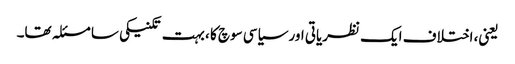
یعنی، اختلاف ایک نظریاتی اور سیاسی سوچ کا ، بہت تکنیکی سا مسئلہ تھا۔